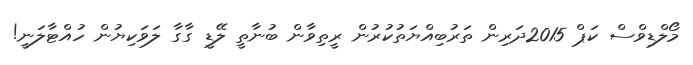
މޯލްޑިވްސް ކަޕް 2015ދަރިން ތަރުބިއްޔަތުކުރުން ރީތިވާން ބުނާތީ ލޭޑީ ގާގާ ލަވަކިޔުން ހުއްޓާލަނީ!